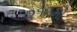
૨૧૬મો